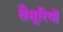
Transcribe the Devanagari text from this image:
तैमूरियों